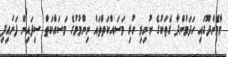
މާމެންދޫގައި ހަދަމުންދާ ގެތަކުގެ ނުނިމި ހުރި މަސައްކަތްތައް ނިންމުމުގެ މަސައްކަތް ސިފައިން ފަށައިފި